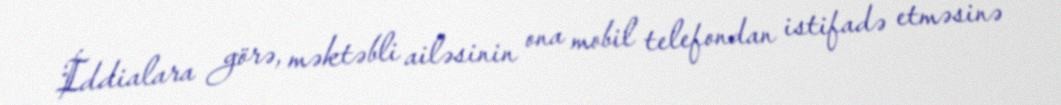
İddialara görə, məktəbli ailəsinin ona mobil telefondan istifadə etməsinə